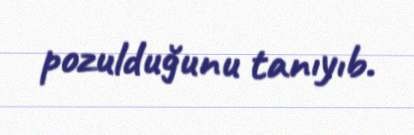
pozulduğunu tanıyıb.